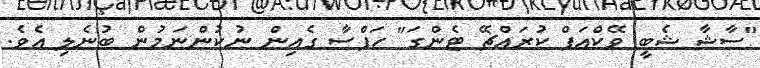
"ސާޝާ ޝެބީ ވޭކްއަޕް ކުރައްޗޭ ޓެންގަ" ހަފްސާ ގެއިން ނުކުންނަމުން ބުނެލި އެވެ.